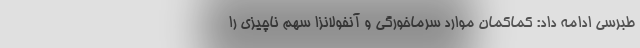
طبرسی ادامه داد: کماکمان موارد سرماخورگی و آنفولانزا سهم ناچیزی را